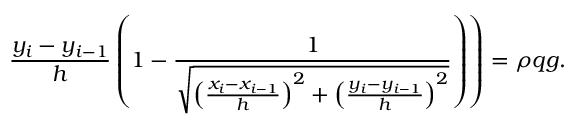
\left. \frac { y _ { i } - y _ { i - 1 } } { h } \left( 1 - \frac { 1 } { \sqrt { \left( \frac { x _ { i } - x _ { i - 1 } } { h } \right) ^ { 2 } + \left( \frac { y _ { i } - y _ { i - 1 } } { h } \right) ^ { 2 } } } \right) \right) = \rho q g .